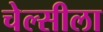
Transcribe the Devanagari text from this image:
चेल्सीला